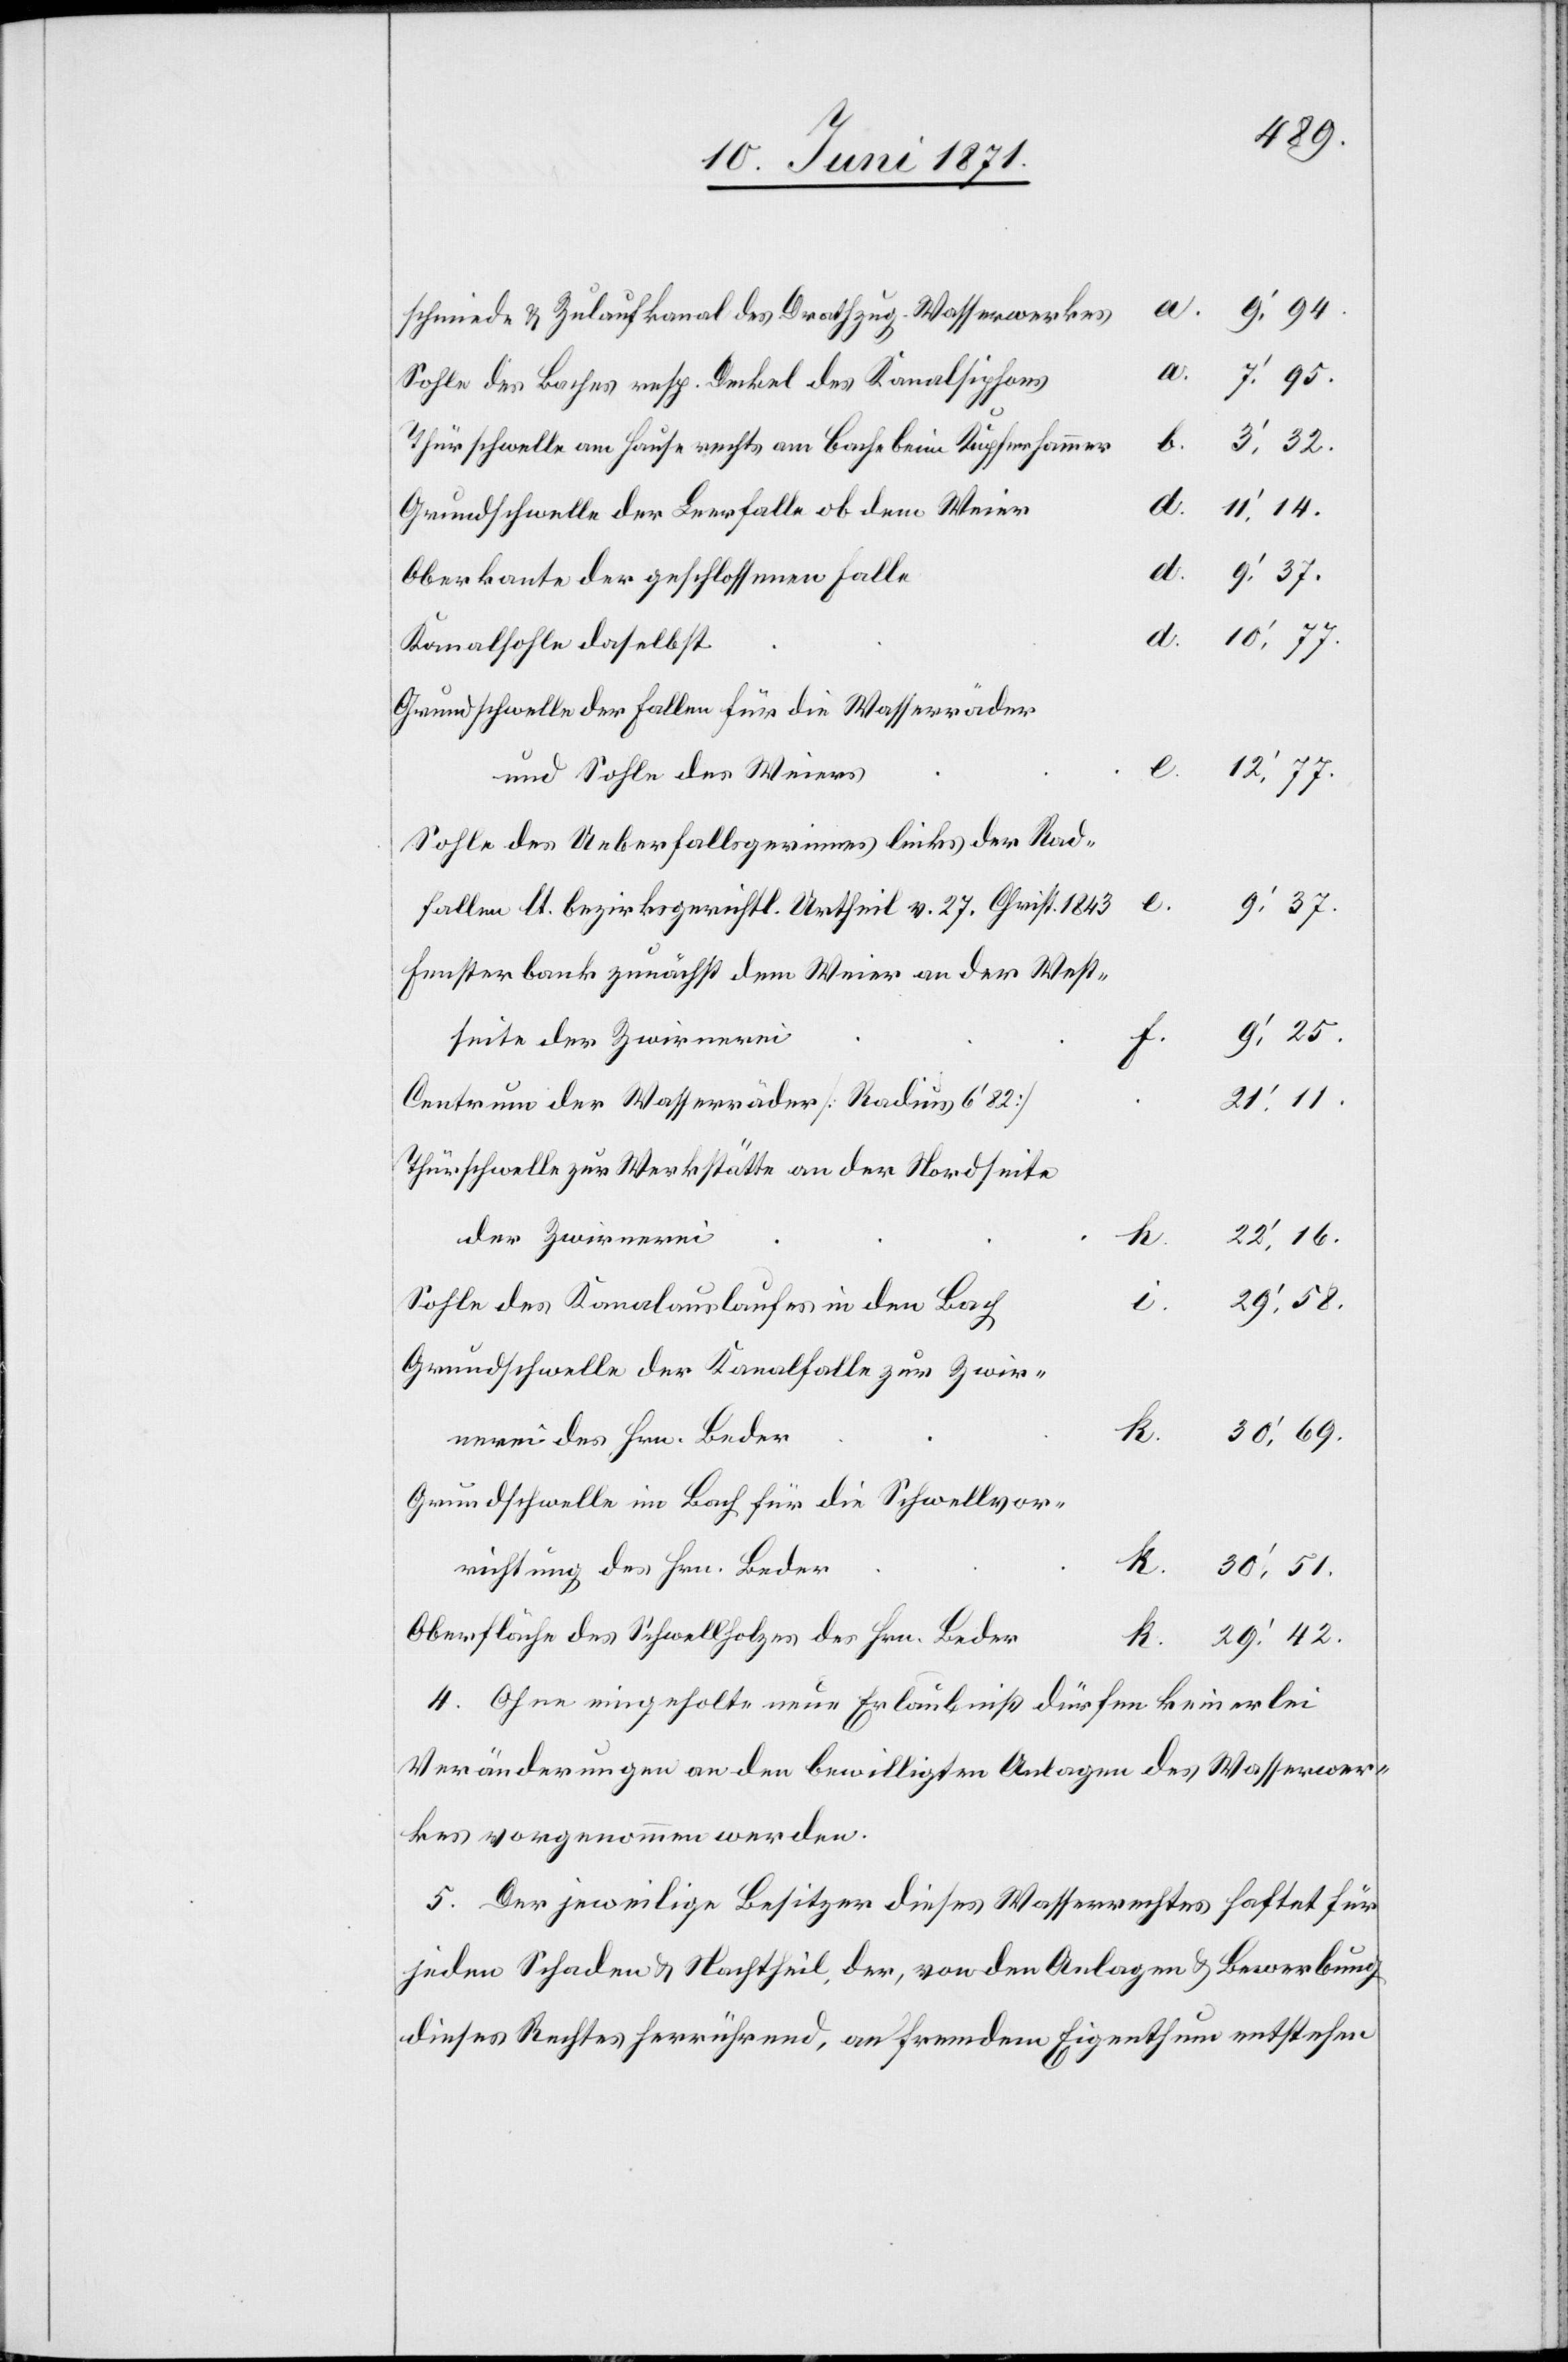
Sohle des Baches resp. Deckel des Kanalsiphons
Thürschwelle am Hause rechts am Bache beim Kupferhammer
Grundschwelle der Leerfalle ob dem Weier
Oberkante der geschlossenen Falle
Kanalsohle daselbst
Grundschwelle der Fallen für die Wasserräder
Sohle des Ueberfallsgerinnes links der Rad¬
d.
fallen lt. bezirksgerichtl. Urtheil v. 27. Christ. 1843
9.’37.
Fensterbank zunächst dem Weier an der West¬
9.’25.
seite der Zwirnerei
h.
Centrum der Wasserräder [Radius 6‘82]
21.’11.
Thürschwelle zur Werkstätte an der Nordseite
der Zwirnerei
22.’16.
k.
29.’42.
Sohle des Kanalauslaufes in den Bach
i.
Grundschwelle der Kanalfalle zur Zwir¬
30.’69.
k.
nerei des Hrn. Beder
Grundschwelle im Bach für die Schwellvor¬
richtung des Hrn. Beder
Oberfläche des Schwellholzes des Hrn. Beder
4. Ohne eingeholte neue Erlaubniß dürfen keinerlei
Veränderungen an den bewilligten Anlagen des Wasserwer¬
kes vorgenommen werden.
5. Der jeweilige Besitzer dieses Wasserrechtes haftet für
jeden Schaden u. Nachtheil, der, von den Anlagen u. Bewerbung
dieses Rechtes herrührend, an fremdem Eigenthum entstehen